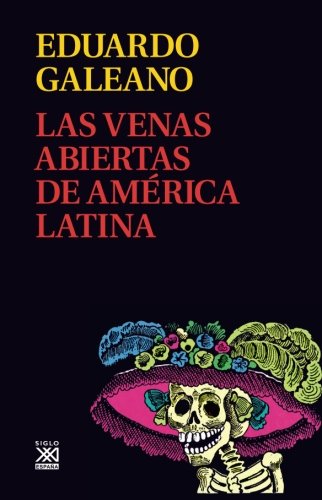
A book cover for Las venas abiertas de America Latina (Spanish Edition); Eduardo H. Galeano; Literature & Fiction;